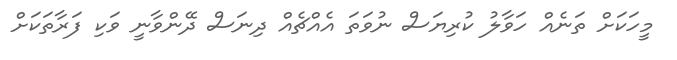
މީހަކަށް ތަނެއް ހަވާލު ކުރިޔަސް ނުވަތަ އެއްޗެއް ދިނަސް ދޭންވާނީ ވަކި ފަރާތަކަށް